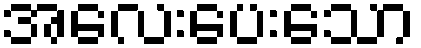
အလေးပေးသော